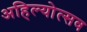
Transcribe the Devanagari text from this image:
अहिल्योत्सव